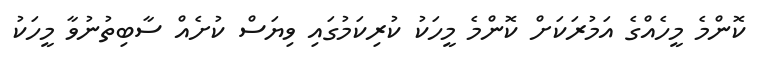
ކޮންމެ މީހެއްގެ އަމުރަކަށް ކޮންމެ މީހަކު ކުރިކަމުގައި ވިޔަސް ކުށެއް ސާބިތުނުވާ މީހަކު